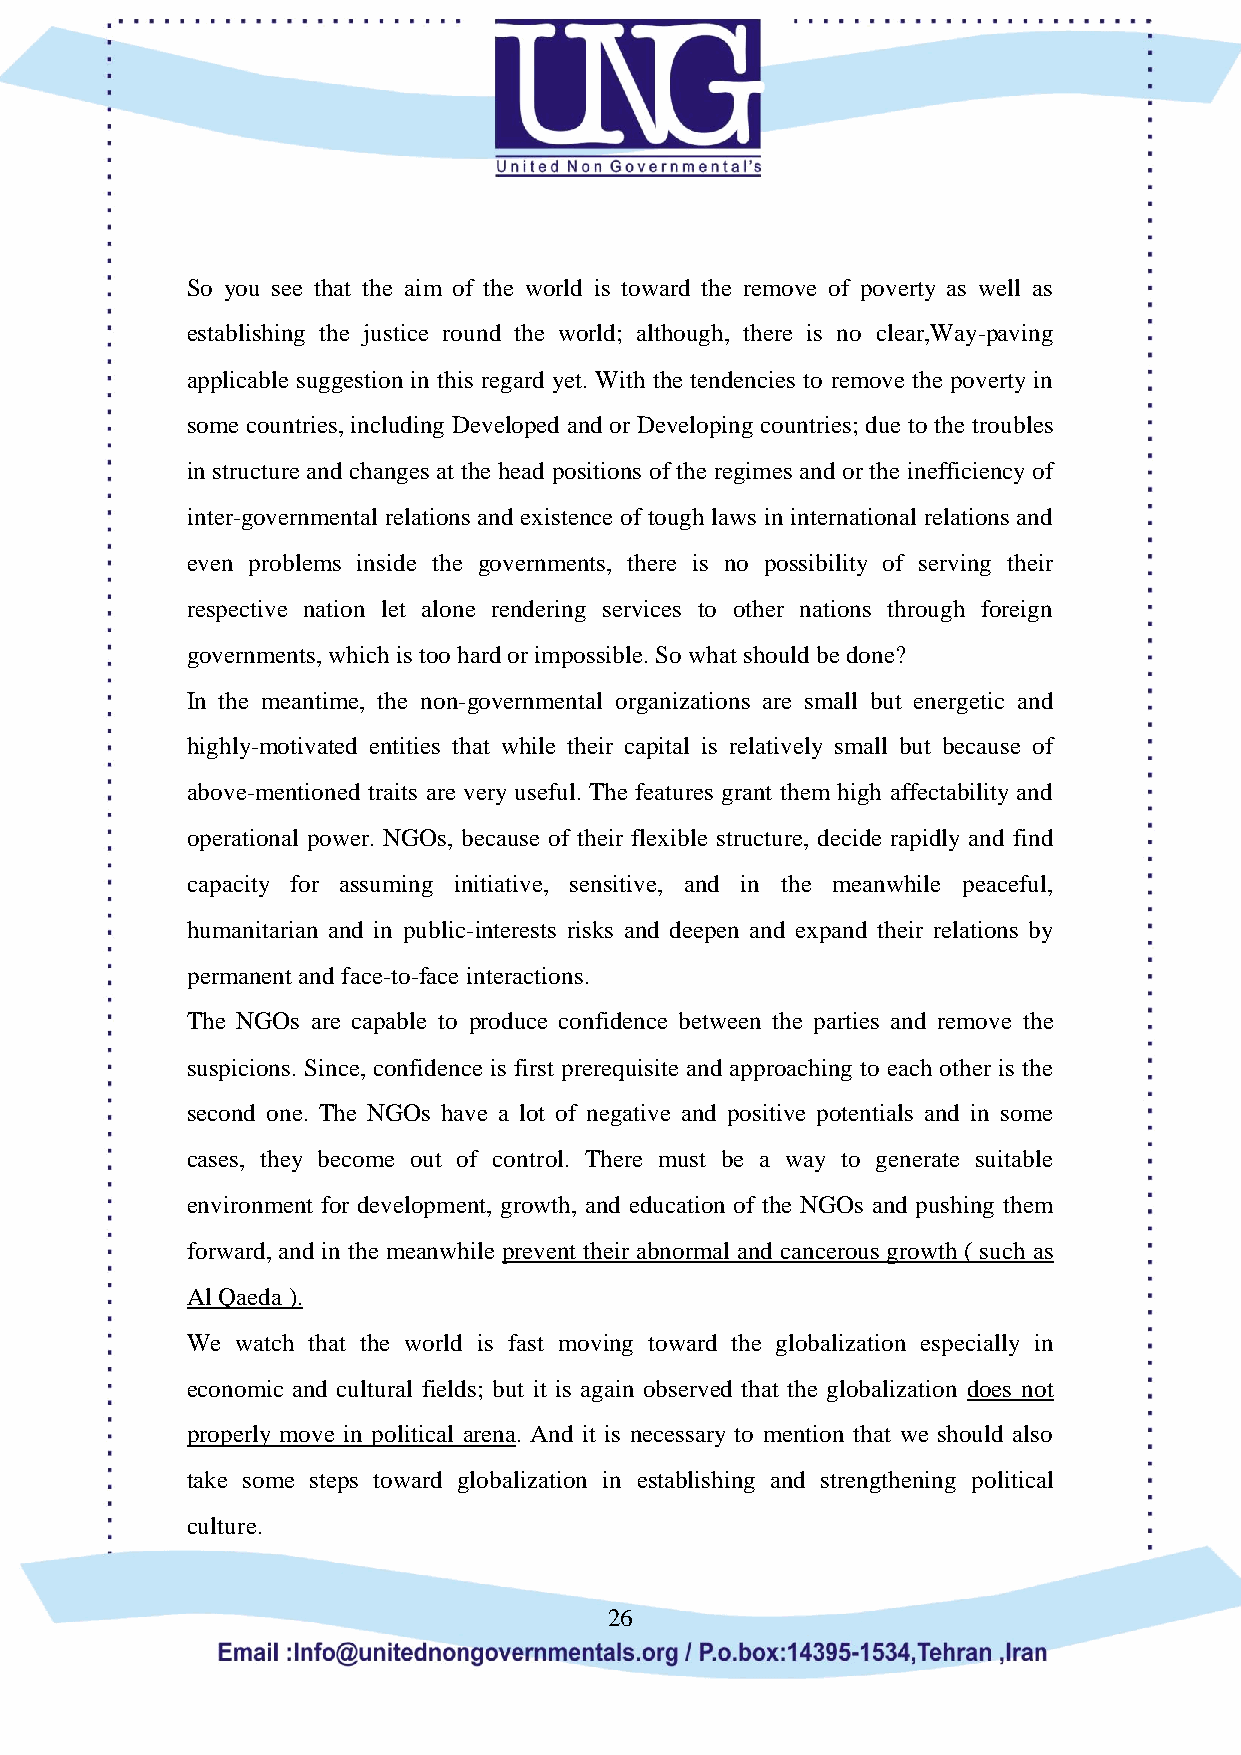
So you see that the aim of the world is toward the remove of poverty as well as
 establishing the justice round the world; although, there is no clear,Way-paving
 applicable suggestion in this regard yet. With the tendencies to remove the poverty in
 some countries, including Developed and or Developing countries; due to the troubles
 in structure and changes at the head positions of the regimes and or the inefficiency of
 inter-governmental relations and existence of tough laws in international relations and
 even problems inside the governments, there is no possibility of serving their
 respective nation let alone rendering services to other nations through foreign
 governments, which is too hard or impossible. So what should be done?
 In the meantime, the non-governmental organizations are small but energetic and
 highly-motivated entities that while their capital is relatively small but because of
 above-mentioned traits are very useful. The features grant them high affectability and
 operational power. NGOs, because of their flexible structure, decide rapidly and find
 capacity for assuming initiative, sensitive, and in the meanwhile peaceful,
 humanitarian and in public-interests risks and deepen and expand their relations by
 permanent and face-to-face interactions.
 The NGOs are capable to produce confidence between the parties and remove the
 suspicions. Since, confidence is first prerequisite and approaching to each other is the
 second one. The NGOs have a lot of negative and positive potentials and in some
 cases, they become out of control. There must be a way to generate suitable
 environment for development, growth, and education of the NGOs and pushing them
 forward, and in the meanwhile prevent their abnormal and cancerous growth ( such as
 Al Qaeda ).
 We  watch that the world is fast moving toward the globalization especially in
 economic and cultural fields; but it is again observed that the globalization does not
 properly move in political arena. And it is necessary to mention that we should also
 take some steps toward globalization in establishing and strengthening political
 culture.
 26